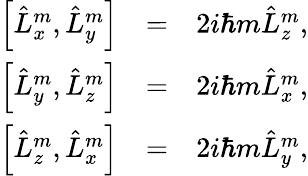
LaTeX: \begin{array}{rlr}{\left[\hat{L}_{x}^{m},\hat{L}_{y}^{m}\right]}&{=}&{2i\hbar m\hat{L}_{z}^{m},}\\ {\left[\hat{L}_{y}^{m},\hat{L}_{z}^{m}\right]}&{=}&{2i\hbar m\hat{L}_{x}^{m},}\\ {\left[\hat{L}_{z}^{m},\hat{L}_{x}^{m}\right]}&{=}&{2i\hbar m\hat{L}_{y}^{m},}\end{array}